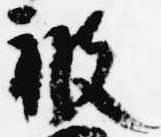
被